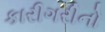
કારીગરીનો